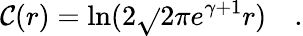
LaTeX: \mathcal{C}(r)=\ln(2\sqrt{}{{2\pi}}e^{\gamma+1}r)\quad.